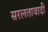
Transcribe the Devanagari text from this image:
सरलतावादी